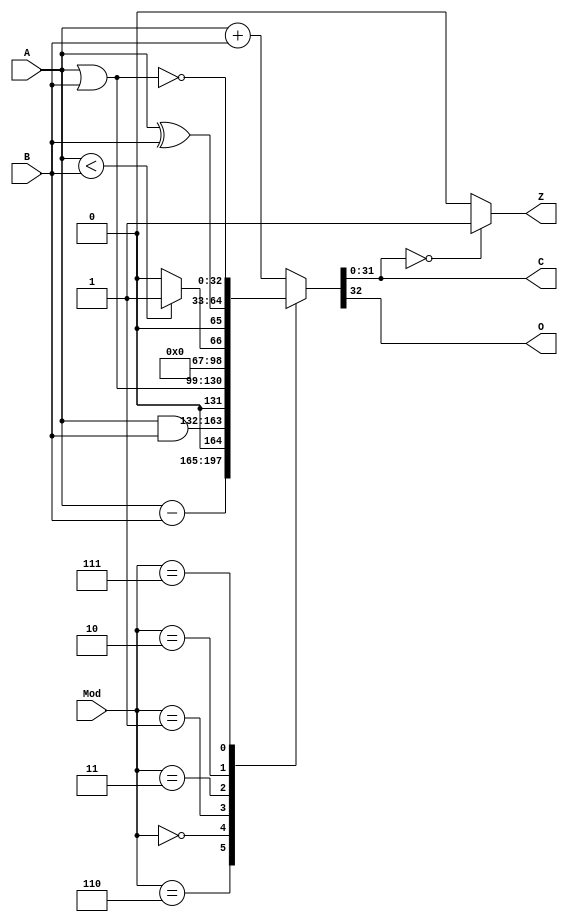
module ALU(
        input [31:0] A,        //OP1
        input [31:0] B,        //OP2
        input [2:0] Mod,    //controller
        output [31:0] C,    //result
        output Z,//zero
        output O);//overflow
        
    parameter Add=3'b100;//add 
    parameter Sub=3'b110;//sub
    parameter Addu=3'b100;//addu
    parameter And=3'b000;//and
    parameter Or=3'b001;//or
    parameter Slt=3'b011;//slt 
    parameter Xor=3'b010;
    parameter Nor=3'b111;
    
    parameter bits=31;
    //parameter ENABLE=1,DISABLE=0;
    
    reg [32:0] result;
    wire signed [31:0] SA=A,SB=B;
    
    always@(*)begin
        case(Mod)
            Addu: begin
                result=A+B;
            end
            Add: begin
                result=SA+SB;
            end
            Sub: begin
                result=SA-SB;
            end
            And: begin
                result=A&B;
            end
            Or: begin
                result=A|B;
            end
            Slt: begin
                result=SA<SB?1:0;
            end
            Xor: begin
                result=A^B;
            end
            Nor: begin
                result=~(A|B);
            end
            default:
                result=A+B;
        endcase
    end
    
    assign C=result[31:0];
    assign Z=(C==32'b0)?1:0;
    assign O=result[32];
endmodule